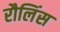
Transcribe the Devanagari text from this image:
रौलिंस